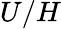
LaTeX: U/H